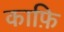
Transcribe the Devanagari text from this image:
काफ़ि